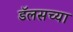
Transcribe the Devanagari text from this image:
डॅलसच्या